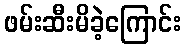
ဖမ်းဆီးမိခဲ့ကြောင်း